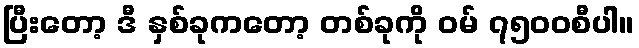
ပြီးတော့ ဒီ နှစ်ခုကတော့ တစ်ခုကို ဝမ် ၇၅၀၀စီပါ။